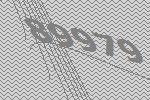
89979